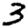
Digit: 3